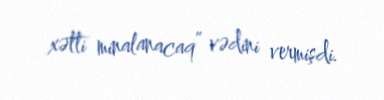
xətti minalanacaq” vədini vermişdi.